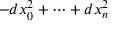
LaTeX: - d x _ { 0 } ^ { 2 } + \dots + d x _ { n } ^ { 2 }